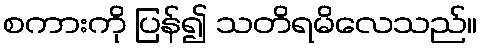
စကားကို ပြန်၍ သတိရမိလေသည်။